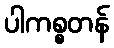
ပါကစ္စတန်